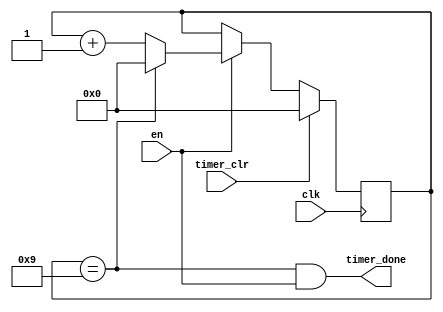
module timer(clk,en,timer_clr,timer_done);
parameter n=10;
input clk,en,timer_clr;
output timer_done;
 //// module reg out
reg[3:0] q=0;
assign timer_done=(q==(n-1))&&en;
  
//
  always@(posedge clk)
  begin 
      if(timer_clr)q = 0; 
      else if(en)
           begin 
               if(q==(n-1)) q=0;
               else q=q+1;
           end
  end
endmodule